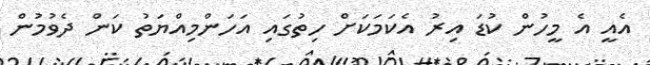
އެއީ އެ މީހުން ކުޑަ އިރު އެކަމަކަށް ހިތުގައި އަހަންމިއްޔަތު ކަން ދެވުމުން